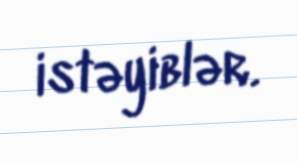
istəyiblər.